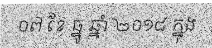
០៧ ខែ ធ្នូ ឆ្នាំ ២០១៨ ក្នុង